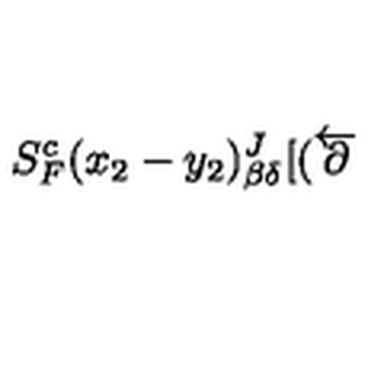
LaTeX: S _ { F } ^ { c } ( x _ { 2 } - y _ { 2 } ) _ { \beta \delta } ^ { J } [ ( \overleftarrow { { \bf \partial } }